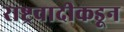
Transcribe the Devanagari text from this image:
राष्ट्रवादीकडून